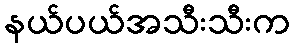
နယ်ပယ်အသီးသီးက